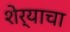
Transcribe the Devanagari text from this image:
शेर्याचा